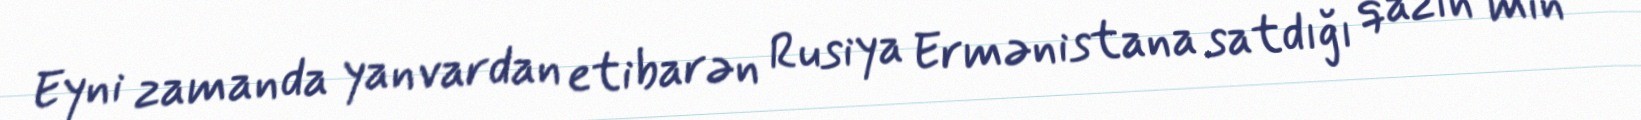
Eyni zamanda yanvardan etibarən Rusiya Ermənistana satdığı qazın min